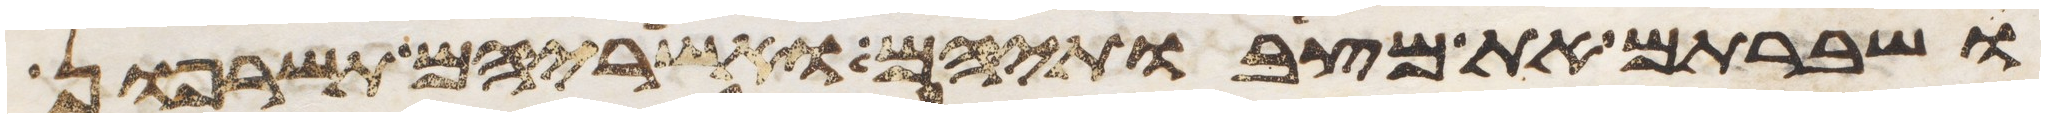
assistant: ושברתם את מצבתיהם ואשריהם תשרפון